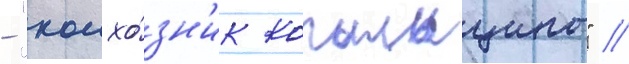
- "колхо́зн'ик копыльщины" //